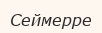
Сеймерре